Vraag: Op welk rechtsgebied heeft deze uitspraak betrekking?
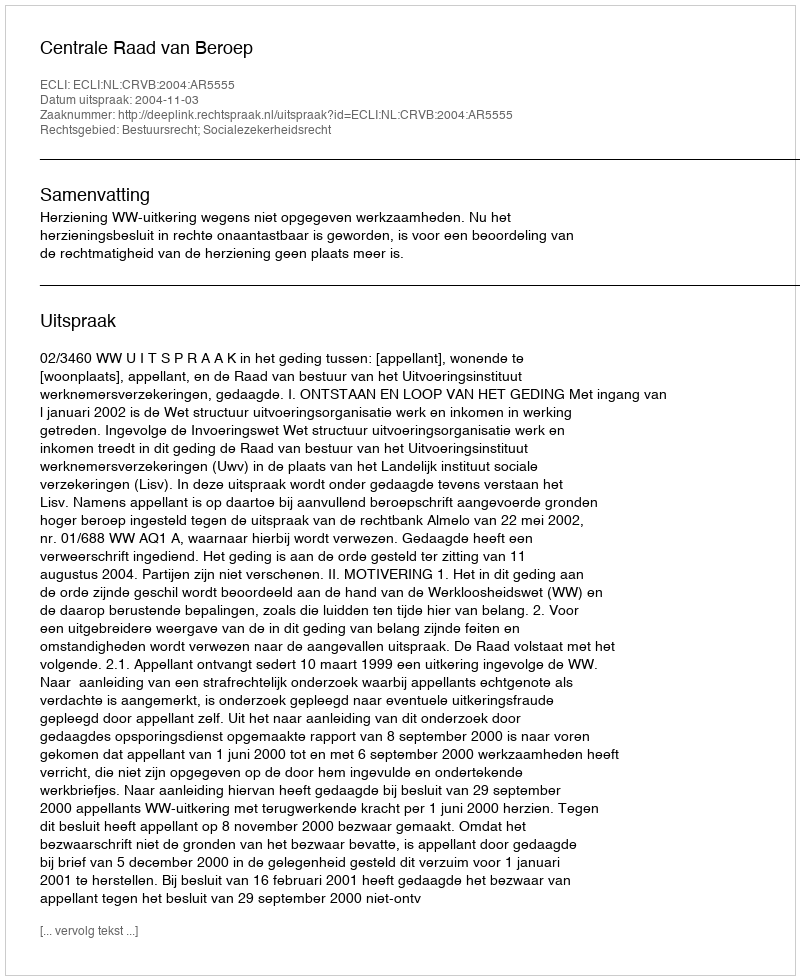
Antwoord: Bestuursrecht; Socialezekerheidsrecht